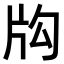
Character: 𤖮